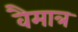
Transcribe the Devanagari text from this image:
वैमात्र